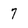
Character: 7